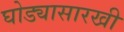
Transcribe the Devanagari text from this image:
घोड्यासारखी